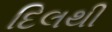
દિલથી